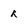
Character: R